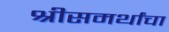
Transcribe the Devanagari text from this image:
श्रीसमर्थांचा